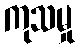
ကုသမှု